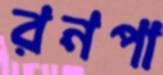
রনপা